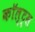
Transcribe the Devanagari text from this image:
कॉल्ट्स